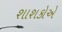
શાશકોએ